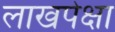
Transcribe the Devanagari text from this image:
लाखपेक्षा